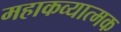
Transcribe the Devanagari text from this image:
महाकव्यात्मक